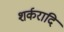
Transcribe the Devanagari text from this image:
शर्करादि